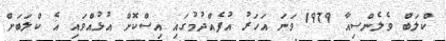
ކްލަބް ވެލެންސިއާ 1979 ވަނަ އަހަރު އުފެއްދުމުގައި އިސްކޮށް އުޅުއްވައި އެ ކްލަބަށް